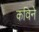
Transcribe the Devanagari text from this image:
कविने